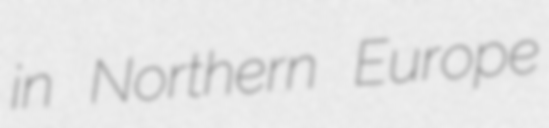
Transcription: in Northern Europe